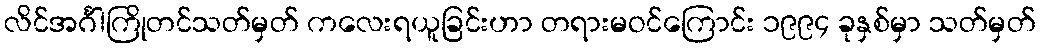
လိင်အင်္ဂါကြိုတင်သတ်မှတ် ကလေးရယူခြင်းဟာ တရားမဝင်ကြောင်း ၁၉၉၄ ခုနှစ်မှာ သတ်မှတ်